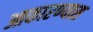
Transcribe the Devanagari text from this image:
आकारण्यास